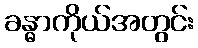
ခန္ဓာကိုယ်အတွင်း